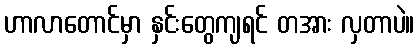
ဟာလာတောင်မှာ နှင်းတွေကျရင် တအား လှတာပဲ။